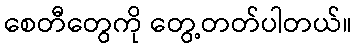
စေတီတွေကို တွေ့တတ်ပါတယ်။